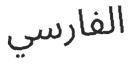
الفارسي